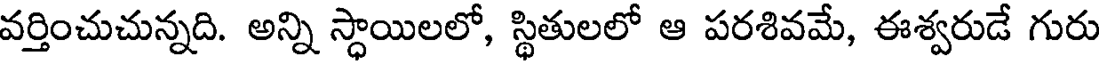
వర్తించుచున్నది. అన్ని స్థాయిలలో, స్థితులలో ఆ పరశివమే, ఈశ్వరుడే గురు